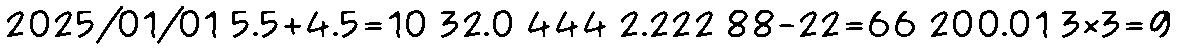
2025/01/01 5.5+4.5=10 32.0 444 2.222 88-22=66 200.01 3×3=9